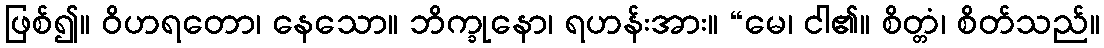
ဖြစ်၍။ ဝိဟရတော၊ နေသော။ ဘိက္ခုနော၊ ရဟန်းအား။ “မေ၊ ငါ၏။ စိတ္တံ၊ စိတ်သည်။